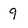
Character: 9